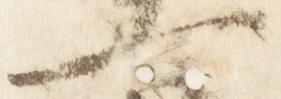
一